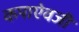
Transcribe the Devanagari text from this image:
कपाऐवजी